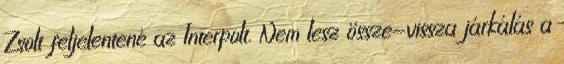
Zsolt feljelentené az Interpolt. Nem lesz össze-vissza járkálás a